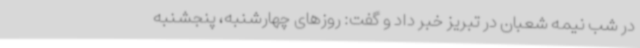
در شب نیمه شعبان در تبریز خبر داد و گفت: روزهای چهارشنبه، پنجشنبه